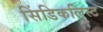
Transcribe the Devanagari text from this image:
सिंडिकलिस्ट